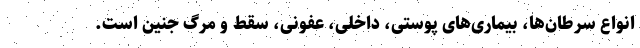
انواع سرطان‌ها، بیماری‌های پوستی، داخلی، عفونی، سقط و مرگ جنین است.